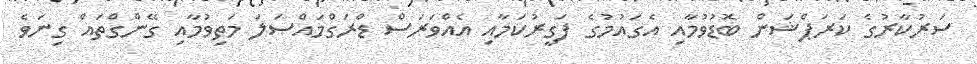
ސަރުކާރުގެ ކަރަޕްޝަން ބޮޑުވުމާއި އެގައުމުގެ ފަގީރުކަމާއި އެއްވަރަސް ޑްރަގްމައްސަލަ މަތިވުމާއި ގޭންގްތައް ގިނަވެ